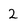
Character: 2